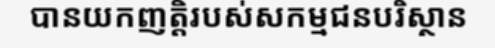
បានយកញត្តិរបស់សកម្មជនបរិស្ថាន